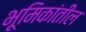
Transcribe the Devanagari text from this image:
भूमिकांतील